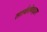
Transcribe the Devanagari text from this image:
सतर्कतेबद्दल